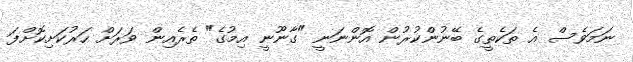
ނަމަވެސް އެ ތަކެތީގެ ބޭނުންކުރުން އޮންނަނީ "ގާނޫނީ އިމުގެ" ތެރެއިން ވަރަށް ހަރުކަށިކޮށްފަ